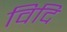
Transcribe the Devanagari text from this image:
विदि